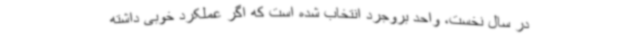
در سال نخست، واحد بروجرد انتخاب شده است که اگر عملکرد خوبی داشته